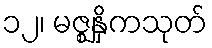
၁၂၊ မဇ္ဈနှိကသုတ်